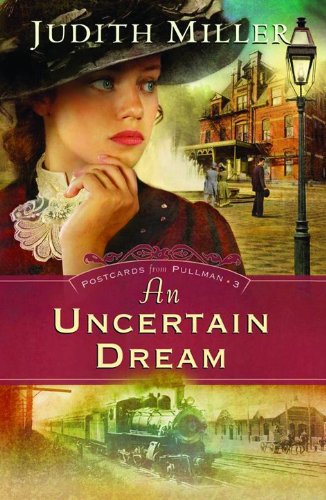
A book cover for An Uncertain Dream (Postcards from Pullman Series #3); Judith Miller; Romance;